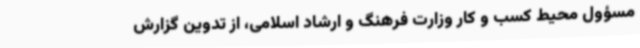
مسؤول محیط کسب و ‌کار وزارت فرهنگ و ارشاد اسلامی، از تدوین گزارش